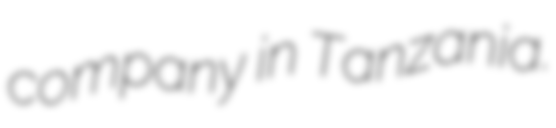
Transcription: company in Tanzania.